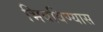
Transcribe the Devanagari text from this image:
भिवविण्यास